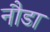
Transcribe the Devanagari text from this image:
नौडा